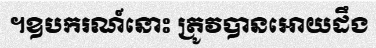
។ឧបករណ៍នោះ ត្រូវបានអោយដឹង